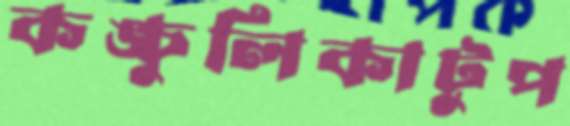
কঙ্চুলিকাটুপ